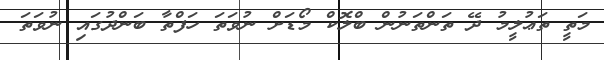
މަތީ ތަޢުލީމު ދޭ ތަންތަނުން ބްލޮކް މޯޑަށް ނުވަތަ ހަފްތާ ބަންދުގައި ނުވަތަ